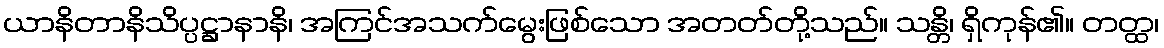
ယာနိတာနိသိပ္ပဋ္ဌာနာနိ၊ အကြင်အသက်မွေးဖြစ်သော အတတ်တို့သည်။ သန္တိ၊ ရှိကုန်၏။ တတ္ထ၊